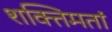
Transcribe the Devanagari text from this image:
शक्तिमतां